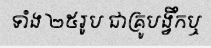
ទាំង ២៥រូប ជាគ្រូបង្វឹកឬ